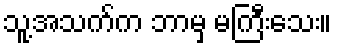
သူ့အသက်က ဘာမှ မကြီးသေး။